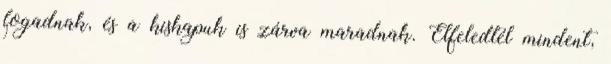
fogadnak, és a kiskapuk is zárva maradnak. Elfeledtél mindent,